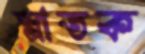
স্নাতক